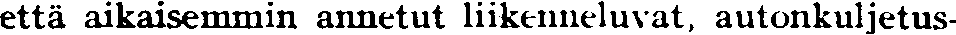
että aikaisemmin annetut liikenneluvat, autonkuljetus-